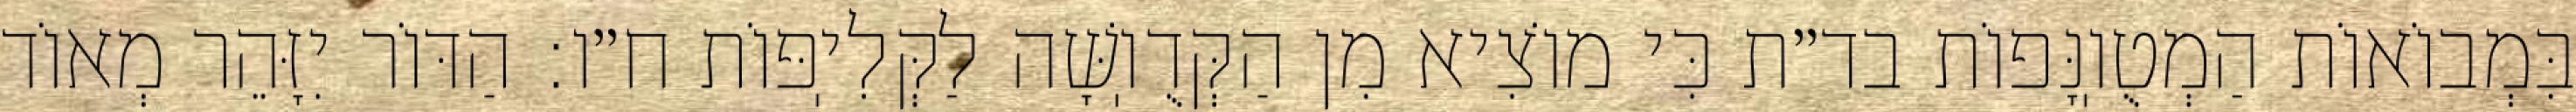
בִּמְבוֹאוֹת הַמְטֻוֽנָּפוֹת בד״ת כִּי מוֹצִיא מִן הַקְּדֻוֽשָּׁה לַקְּלִיֽפּוֹת ח״ו: הַדּוֹר יִזָּהֵר מְאוֹד